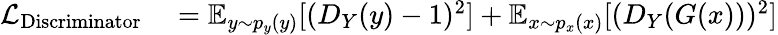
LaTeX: \begin{array}{rl}{\mathcal{L}_{\mathrm{Discriminator}}}&{{}=\mathbb{E}_{y\sim p_{y}(y)}[(D_{Y}(y)-1)^{2}]+\mathbb{E}_{x\sim p_{x}(x)}[(D_{Y}(G(x)))^{2}]}\end{array}